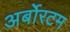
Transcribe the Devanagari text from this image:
अर्बोरटम